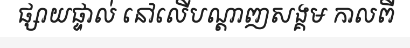
ផ្សាយផ្ទាល់ នៅលើបណ្តាញសង្គម កាលពី